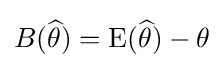
B({\widehat {\theta }})=\operatorname {E} ({\widehat {\theta }})-\theta